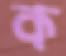
ক্